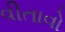
વીતાવો